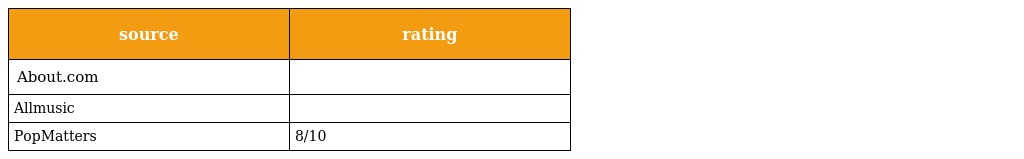
| source | rating |
 | --- | --- |
 | About.com |  |
 | Allmusic |  |
 | PopMatters | 8/10 |